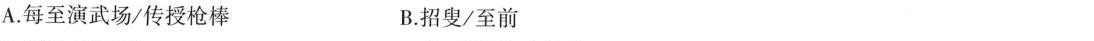
A.每至演武场/传授枪棒 B.招叟/至前